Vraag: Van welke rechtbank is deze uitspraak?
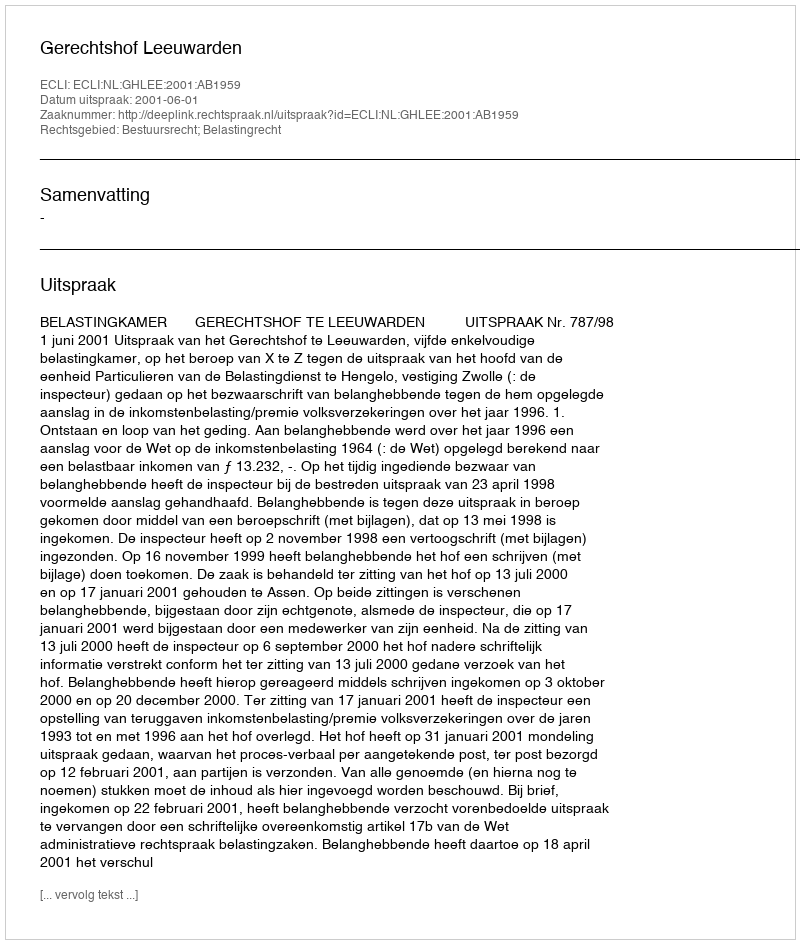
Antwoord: Gerechtshof Leeuwarden